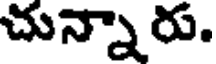
చున్నారు.